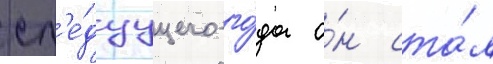
сл'е́дуущего го́да о́н ста́л